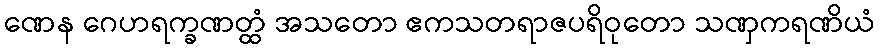
ဏေန ဂေဟရက္ခဏတ္ထံ အသတော ဧကသတရာဇပရိဝုတော သဏှကရဏိယံ